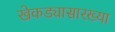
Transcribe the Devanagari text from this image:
खेकड्यासारख्या